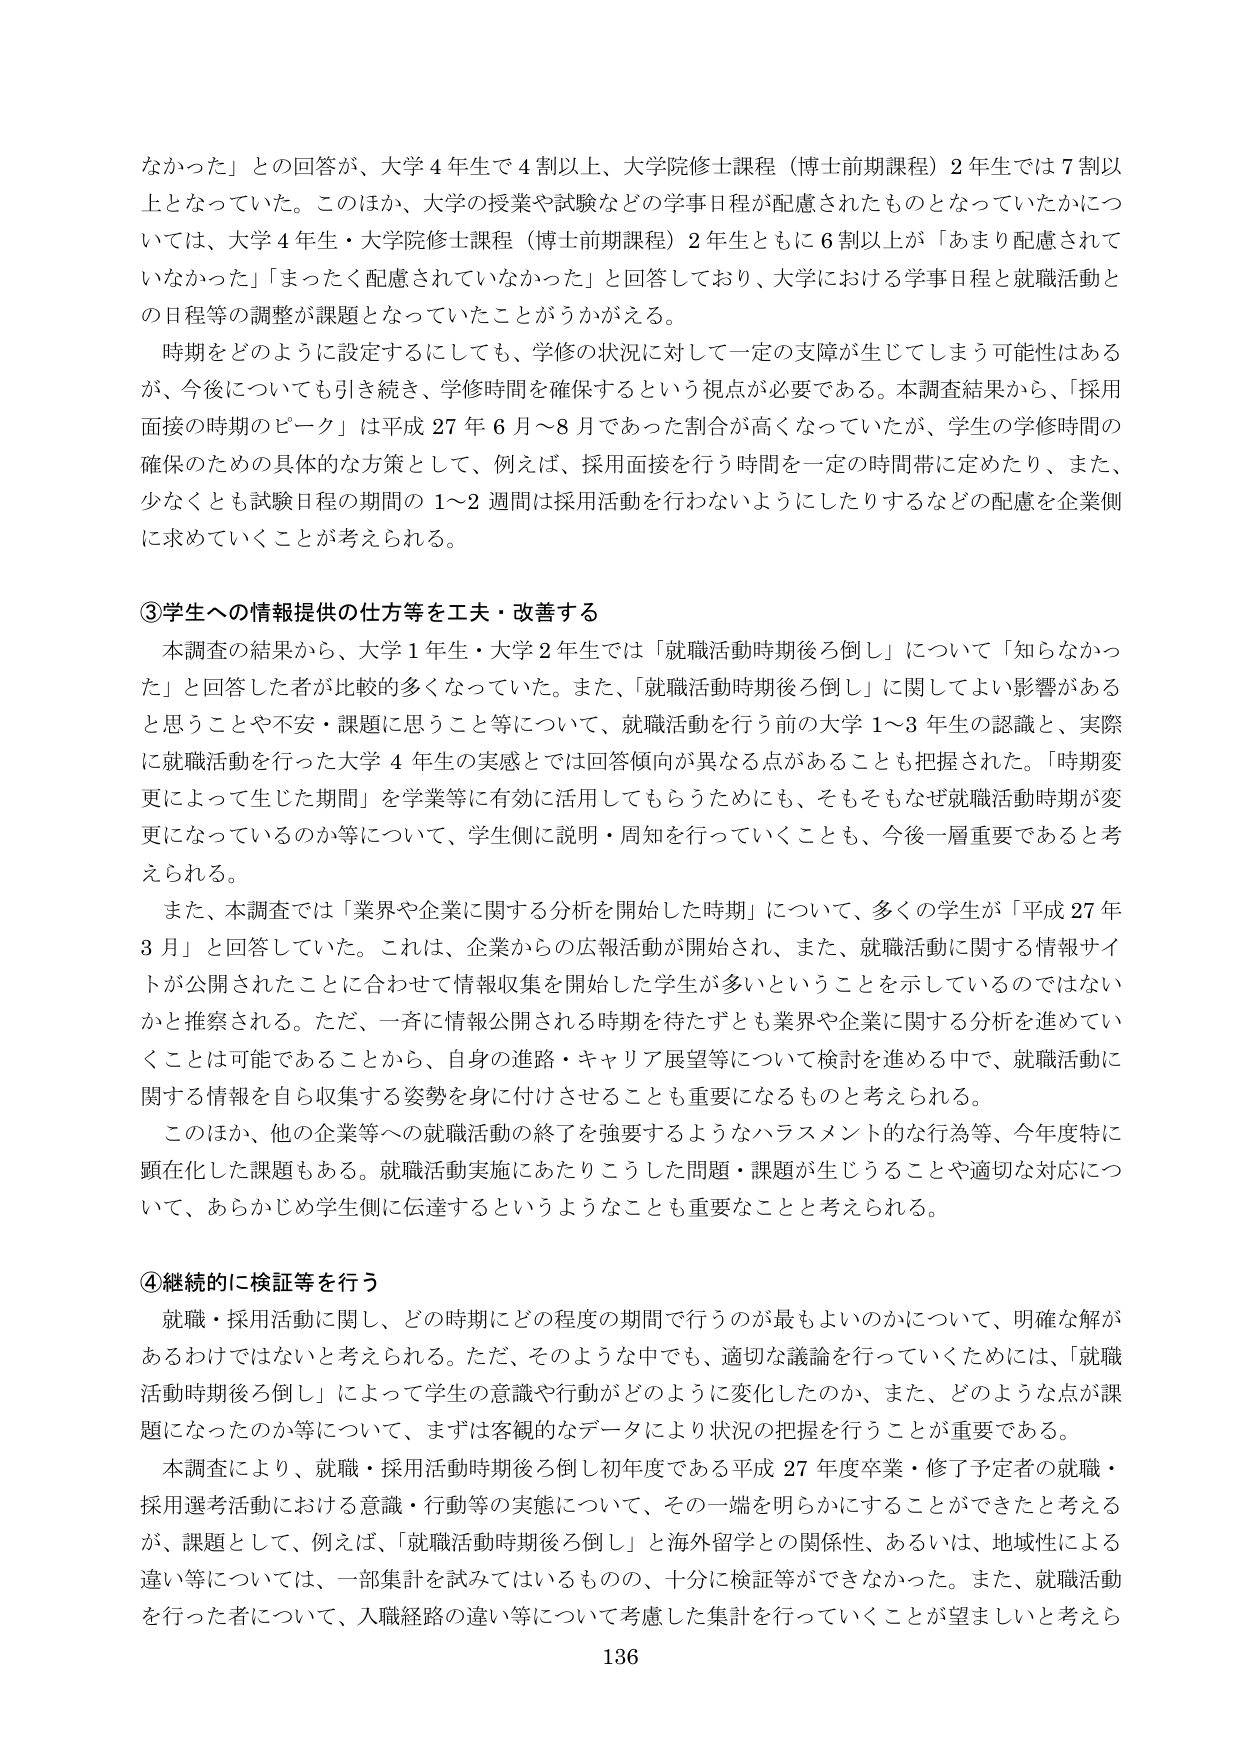
なかった」との回答が、大学４年生で４割以上、大学院修士課程（博士前期課程）２年生では７割以上となっていた。このほか、大学の授業や試験などの学事日程が配慮されたものとなっていたかについては、大学４年生・大学院修士課程（博士前期課程）２年生ともに６割以上が「あまり配慮されていなかった」「まったく配慮されていなかった」と回答しており、大学における学事日程と就職活動との日程等の調整が課題となっていたことがうかがえる。

時期をどのように設定するにしても、学修の状況に対して一定の支障が生じてしまう可能性はあるが、今後についても引き続き、学修時間を確保するという視点が必要である。本調査結果から、「採用面接の時期のピーク」は平成27年6月～8月であった割合が高くなっていたが、学生の学修時間の確保のための具体的な方策として、例えば、採用面接を行う時間を一定の時間帯に定めたり、また、少なくとも試験日程の期間の1～2週間は採用活動を行わないようにしたりするなどの配慮を企業側に求めていくことが考えられる。

③学生への情報提供の仕方等を工夫・改善する

本調査の結果から、大学１年生・大学２年生では「就職活動時期後ろ倒し」について「知らなかった」と回答した者が比較的多くなっていた。また、「就職活動時期後ろ倒し」に関してよい影響があると思うことや不安・課題に思うこと等について、就職活動を行う前の大学1～3年生の認識と、実際に就職活動を行った大学4年生の実感とでは回答傾向が異なる点があることも把握された。「時期変更によって生じた期間」を学業等に有効に活用してもらうためにも、そもそもなぜ就職活動時期が変更になっているのか等について、学生側に説明・周知を行っていくことも、今後一層重要であると考えられる。

また、本調査では「業界や企業に関する分析を開始した時期」について、多くの学生が「平成27年3月」と回答していた。これは、企業からの広報活動が開始され、また、就職活動に関する情報サイトが公開されたことに合わせて情報収集を開始した学生が多いということを示しているのではないかと推察される。ただ、一斉に情報公開される時期を待たずとも業界や企業に関する分析を進めていくことは可能であることから、自身の進路・キャリア展望等について検討を進める中で、就職活動に関する情報を自ら収集する姿勢を身に付けさせることも重要になるものと考えられる。

このほか、他の企業等への就職活動の終了を強要するようなハラスメント的な行為等、今年度特に顕在化した課題もある。就職活動実施にあたりこうした問題・課題が生じることや適切な対応について、あらかじめ学生側に伝達するというようなことも重要なことと考えられる。

④継続的に検証等を行う

就職・採用活動に関し、どの時期にどの程度の期間で行うのが最もよいのかについて、明確な解があるわけではないと考えられる。ただ、そのような中でも、適切な議論を行っていくためには、「就職活動時期後ろ倒し」によって学生の意識や行動がどのように変化したのか、また、どのような点が課題になったのか等について、まずは客観的なデータにより状況の把握を行うことが重要である。

本調査により、就職・採用活動時期後ろ倒し初年度である平成27年度卒業・修了予定者の就職・採用選考活動における意識・行動等の実態について、その一端を明らかにすることができたと考えるが、課題として、例えば、「就職活動時期後ろ倒し」と海外留学との関係性、あるいは、地域性による違い等については、一部集計を試みてはいるものの、十分に検証等ができなかった。また、就職活動を行った者について、入職経路の違い等について考慮した集計を行っていくことが望ましいと考えら

136